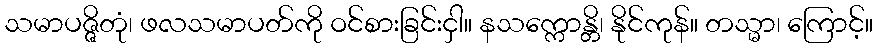
သမာပဇ္ဇိတုံ၊ ဖလသမာပတ်ကို ဝင်စားခြင်းငှါ။ နသက္ကောန္တိ၊ နိုင်ကုန်။ တသ္မာ၊ ကြောင့်။